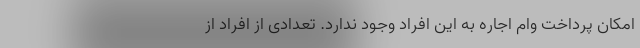
امکان پرداخت وام اجاره به این افراد وجود ندارد. تعدادی از افراد از